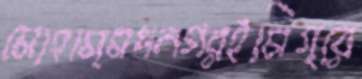
মোহাম্মদনগরইমিগ্রে